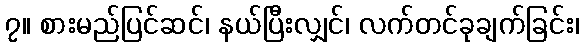
၇။ စားမည်ပြင်ဆင်၊ နယ်ပြီးလျှင်၊ လက်တင်ခုချက်ခြင်း၊